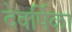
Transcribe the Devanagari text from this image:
देवर्षिका